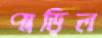
পাড়িল